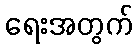
ရေးအတွက်